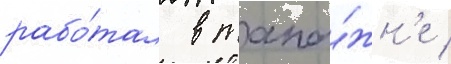
рабо́тал в тамо́жн'е /